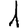
Digit: 1